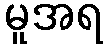
မူအရ